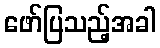
ဖော်ပြသည့်အခါ